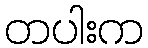
တပါးက